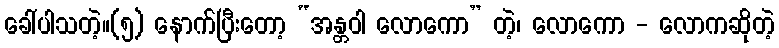
ခေါ်ပါသတဲ့။(၅) နောက်ပြီးတော့ “အန္တဝါ လောကော” တဲ့၊ လောကော - လောကဆိုတဲ့